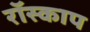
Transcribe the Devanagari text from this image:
रॉस्काप